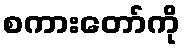
စကားတော်ကို